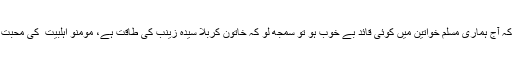
مولانا نے مزید یہ کہا کہ آج ہماری مسلم خواتین میں کوئی قائد بے خوب ہو تو سمجھ لو کہ خاتون کربلا سیدہ زینبؓ کی طاقت ہے، مومنو اہلبیت ؑ کی محبت اپنے دلو ں میں رکھو ۔